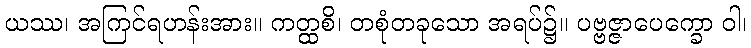
ယဿ၊ အကြင်ရဟန်းအား။ ကတ္ထစိ၊ တစုံတခုသော အရပ်၌။ ပဗ္ဗဇ္ဇာပေက္ခော ဝါ၊